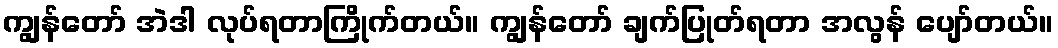
ကျွန်တော် အဲဒါ လုပ်ရတာကြိုက်တယ်။ ကျွန်တော် ချက်ပြုတ်ရတာ အလွန် ပျော်တယ်။